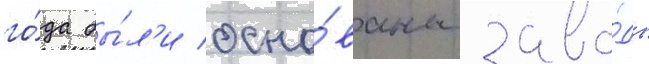
го́да бы́л'и осно́ваны заво́ды